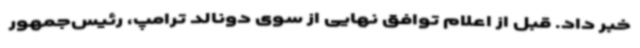
خبر داد. قبل از اعلام توافق نهایی از سوی دونالد ترامپ، رئیس‌جمهور